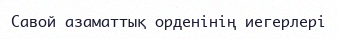
Савой азаматтық орденінің иегерлері